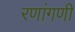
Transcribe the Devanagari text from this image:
रणांगणीं